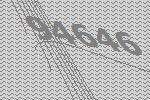
94646